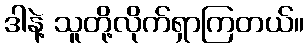
ဒါနဲ့ သူတို့လိုက်ရှာကြတယ်။